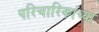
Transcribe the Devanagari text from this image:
परिचारिकांच्या